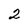
Character: 2